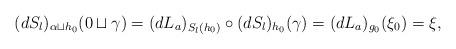
LaTeX: \begin{align*}(dS_{l})_{\alpha\sqcup h_{0}}(0\sqcup\gamma)=(dL_{a})_{S_l(h_0)}\circ(dS_{l})_{h_{0}}(\gamma)=(dL_{a})_{g_{0}}(\xi_{0})=\xi,\end{align*}